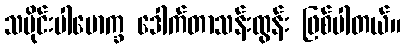
သမိုင်းပါမောက္ခ ဒေါက်တာသန်းထွန်း ဖြစ်ပါတယ်။